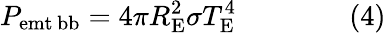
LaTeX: P_{\mathrm{{emt\, bb}}}=4\pi R_{\mathrm{{E}}}^{2}\sigma T_{\mathrm{{E}}}^{4}\qquad\qquad(4)